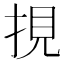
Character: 挸